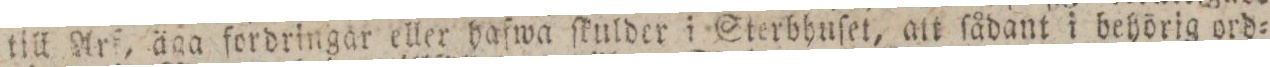
till Arf, äga fordringar eller hafwa ſkulder i Sterbhuſet, att ſådant i behörig ord=